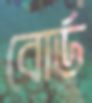
বোর্ড